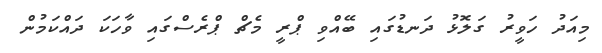
މިއަދު ހަވީރު ގަލޮޅު ދަނޑުގައި ބޭއްވި ޕްރީ މެޗް ޕްރެސްގައި ވާހަކަ ދައްކަމުން